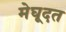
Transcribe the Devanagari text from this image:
मेघूदत